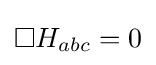
\Box H_{abc}=0